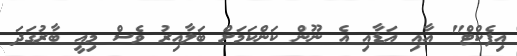
އިފެކްޓް" އާއި އަޑާއި އެ ނޫން ކަންކަމަށް ބަލާއިރު ވެސް މިއީ ބާރުގަދަ